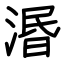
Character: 湣